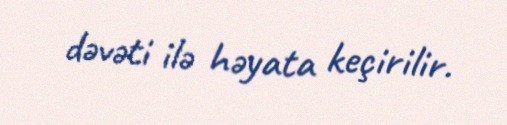
dəvəti ilə həyata keçirilir.